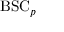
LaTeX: { \mathrm { B S C } } _ { p }